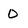
Character: 0